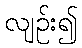
လျဉ်း၍